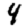
Digit: 4